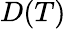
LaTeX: D(T)